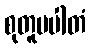
စုတူပပါတံ